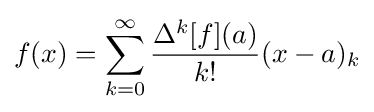
f(x)=\sum _{k=0}^{\infty }{\frac {\Delta ^{k}[f](a)}{k!}}(x-a)_{k}